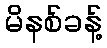
မိနစ်ခန့်